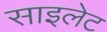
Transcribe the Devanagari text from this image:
साइलेट